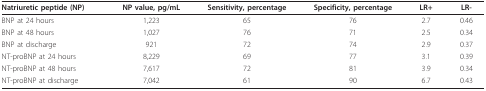
<table><thead><tr><td><b>Natriuretic peptide (NP)</b></td><td><b>NP value, pg/mL</b></td><td><b>Sensitivity, percentage</b></td><td><b>Specificity, percentage</b></td><td><b>LR+</b></td><td><b>LR-</b></td></tr></thead><tbody><tr><td>BNP at 24 hours</td><td>1,223</td><td>65</td><td>76</td><td>2.7</td><td>0.46</td></tr><tr><td>BNP at 48 hours</td><td>1,027</td><td>76</td><td>71</td><td>2.5</td><td>0.34</td></tr><tr><td>BNP at discharge</td><td>921</td><td>72</td><td>74</td><td>2.9</td><td>0.37</td></tr><tr><td>NT-proBNP at 24 hours</td><td>8,229</td><td>69</td><td>77</td><td>3.1</td><td>0.39</td></tr><tr><td>NT-proBNP at 48 hours</td><td>7,617</td><td>72</td><td>81</td><td>3.9</td><td>0.34</td></tr><tr><td>NT-proBNP at discharge</td><td>7,042</td><td>61</td><td>90</td><td>6.7</td><td>0.43</td></tr></tbody></table>